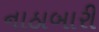
નાઠાબારી